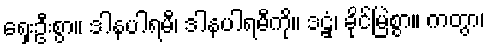
ရှေးဦးစွာ။ ဒါနပါရမီ၊ ဒါနပါရမီကို။ ဒဠှံ၊ ခိုင်မြဲစွာ။ ကတွာ၊